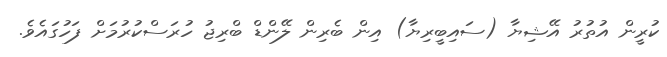
ކުރީން އުތުރު އޭޝިޔާ (ސައިބީރިޔާ) އިން ބެރިން ލޭންޑް ބްރިޖު ހުރަސްކުރުމަށް ފަހުގައެވެ.